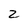
Character: 2